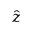
\hat { z }